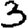
Digit: 3